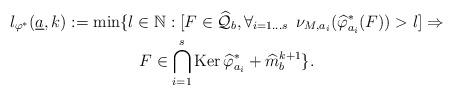
LaTeX: \begin{gather*}l_{\varphi^{*}}(\underline{a},k):=\min\{l\in\mathbb{N}:[F\in\widehat{\mathcal{Q}}_{b},\forall_{i=1\dots s}\,\,\,\nu_{M,a_{i}}(\widehat{\varphi}^{*}_{a_{i}}(F))>l]\Rightarrow\\ F\in\bigcap_{i=1}^{s}\mbox{Ker}\,\widehat{\varphi}_{a_{i}}^{*}+\widehat{m}_{b}^{k+1}\}.\end{gather*}